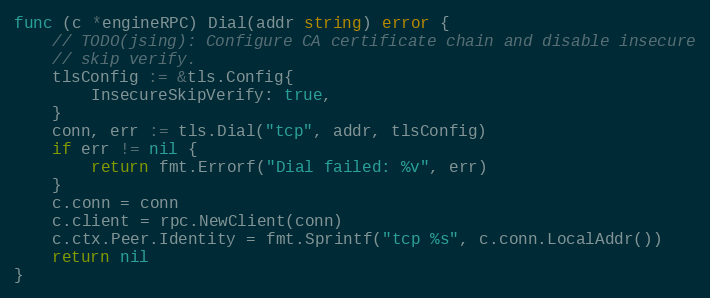
Language: Go
func (c *engineRPC) Dial(addr string) error {
	// TODO(jsing): Configure CA certificate chain and disable insecure
	// skip verify.
	tlsConfig := &tls.Config{
		InsecureSkipVerify: true,
	}
	conn, err := tls.Dial("tcp", addr, tlsConfig)
	if err != nil {
		return fmt.Errorf("Dial failed: %v", err)
	}
	c.conn = conn
	c.client = rpc.NewClient(conn)
	c.ctx.Peer.Identity = fmt.Sprintf("tcp %s", c.conn.LocalAddr())
	return nil
}